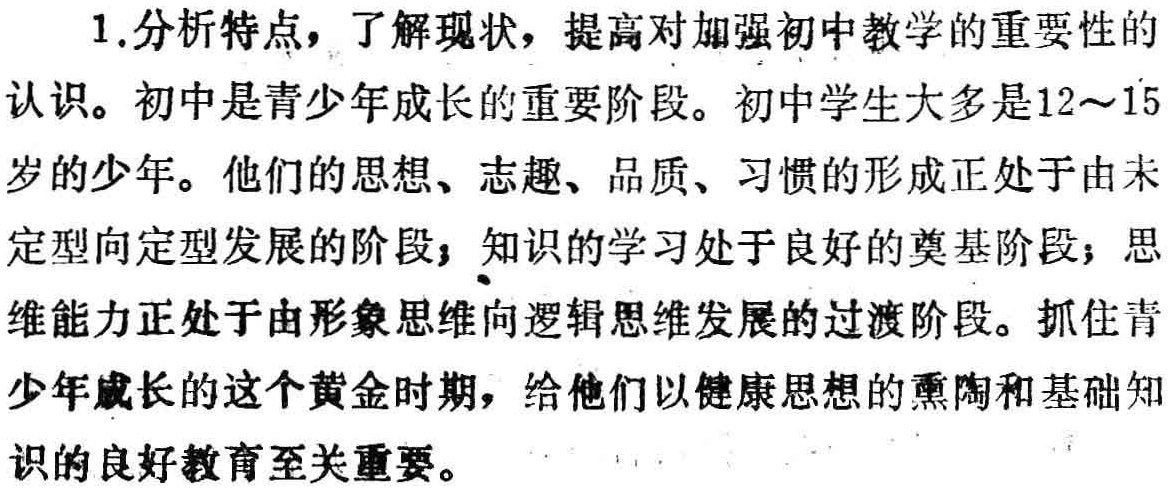
1.分析特点，了解现状，提高对加强初中教学的重要性的

认识。初中是青少年成长的重要阶段。初中学生大多是12～15

岁的少年。他们的思想、志趣、品质、习惯的形成正处于由未

定型向定型发展的阶段；知识的学习处于良好的奠基阶段；思

维能力正处于由形象思维向逻辑思维发展的过渡阶段。抓住青

少年成长的这个黄金时期，给他们以健康思想的熏陶和基础知

识的良好教育至关重要。